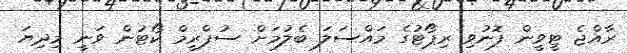
ރާއްޖެ ޓީވީން ފޮނުވި ރިޕޯޓުގެ މައްސަލަ ބެލުމަށް ސުޕްރީމް ކޯޓުން ވަނީ މިދިޔަ